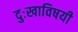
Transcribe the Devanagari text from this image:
दुःखाविषयी